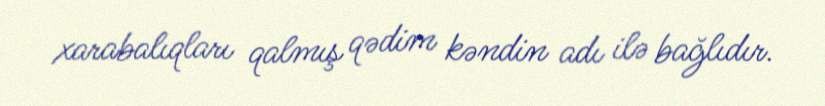
xarabalıqları qalmış qədim kəndin adı ilə bağlıdır.